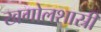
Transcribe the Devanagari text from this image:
खगोलशास्री